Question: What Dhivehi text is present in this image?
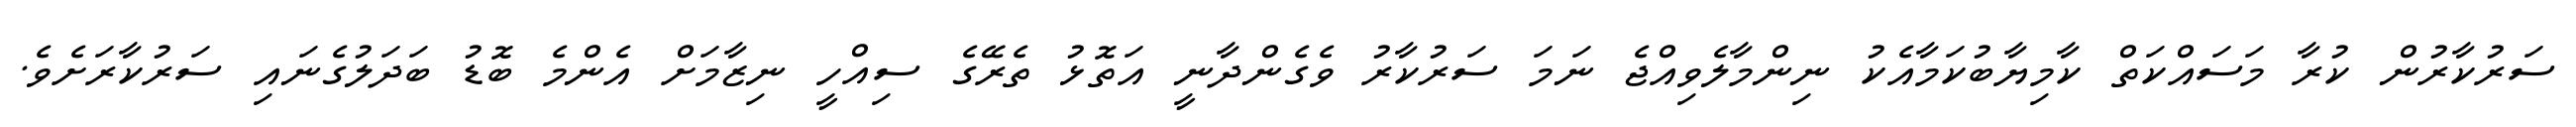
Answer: ސަރުކާރުން ކުރާ މަސައްކަތް ކާމިޔާބުކަމާއެކު ނިންމާލެވިއްޖެ ނަމަ ސަރުކާރު ވެގެންދާނީ އަތޮޅު ތެރޭގެ ސިއްހީ ނިޒާމަށް އެންމެ ބޮޑު ބަދަލުގެނައި ސަރުކާރަށެވެ.